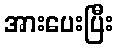
အားပေးပြီး